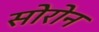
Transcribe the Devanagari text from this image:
सोरोन